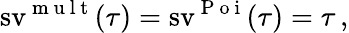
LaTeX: \operatorname{sv}^{\mathrm{~m~u~l~t~}}(\tau)=\operatorname{sv}^{\mathrm{~P~o~i~}}(\tau)=\tau\, ,